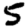
Digit: 5